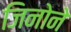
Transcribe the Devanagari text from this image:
जिनोने